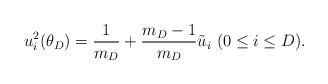
LaTeX: \begin{align*} u_i^2(\theta_D)=\frac{1}{m_D}+\frac{m_D-1}{m_D}\tilde{u}_i ~(0\leq i\leq D). \end{align*}